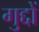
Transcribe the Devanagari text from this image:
गुद्दों